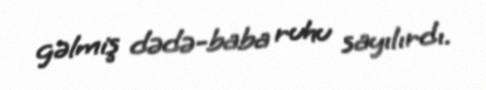
gəlmiş dədə-baba ruhu sayılırdı.